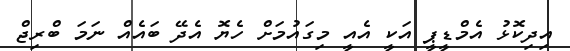
އިދިކޮޅު އެމްޑީޕީ އަކީ އެއީ މިގައުމަށް ހެޔޮ އެދޭ ބައެއް ނަމަ ބްރިޖް